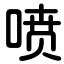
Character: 喷